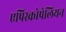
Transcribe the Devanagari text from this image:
एपिस्कोपेलियन